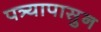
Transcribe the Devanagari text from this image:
पत्र्यापासुन